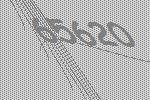
65620